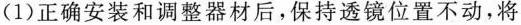
(1)正确安装和调整器材后，保持透镜位置不动，将